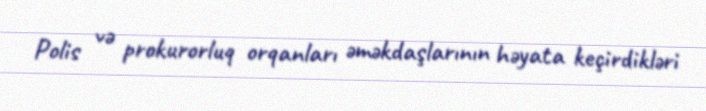
Polis və prokurorluq orqanları əməkdaşlarının həyata keçirdikləri